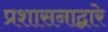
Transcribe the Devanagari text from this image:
प्रशासनाद्वारे